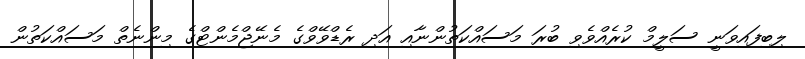
ލިބިފައިވަނީ ސަލީމް ކުރެއްވެވި ބުރަ މަސައްކަތުންނާއި އަދި ރެޑްވޭވްގެ މެނޭޖްމެންޓްގެ މިންނެތް މަސައްކަތުން